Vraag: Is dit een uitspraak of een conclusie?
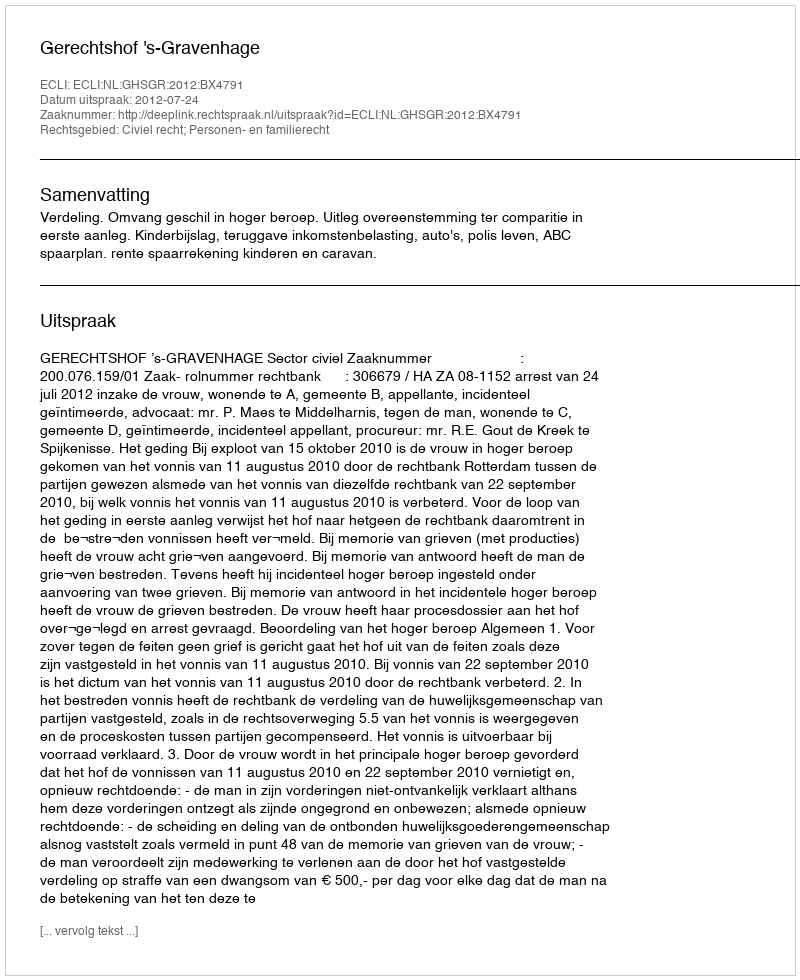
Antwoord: Uitspraak